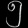
Digit: ၅